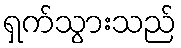
ရှက်သွားသည်